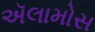
ઍલામોસ